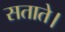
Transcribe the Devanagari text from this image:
सताते।